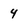
Character: 4